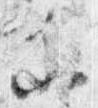
参